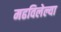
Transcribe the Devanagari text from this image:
मढविलेल्या